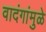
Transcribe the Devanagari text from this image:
वादंगांमुळे